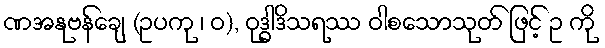
ဏအနုဗန်ချေ (ဥပကု ၊ ဝ), ဝုဒ္ဓါဒိသရဿ ဝါစသောသုတ် ဖြင့် ဥ ကို